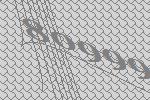
80999